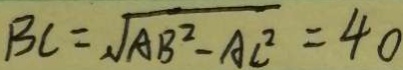
B C = \sqrt { A B ^ { 2 } - A C ^ { 2 } } = 4 0